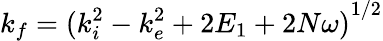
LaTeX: {k_{f}}={(k_{i}^{2}-k_{e}^{2}+2E_{1}+2N\omega)}^{1/2}